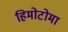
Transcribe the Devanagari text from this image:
हिमोटोमा